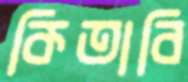
কিতাবি